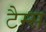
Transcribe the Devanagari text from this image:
टैम्स